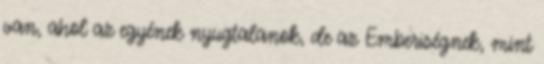
van, ahol az egyének nyugtalanok, de az Emberiségnek, mint